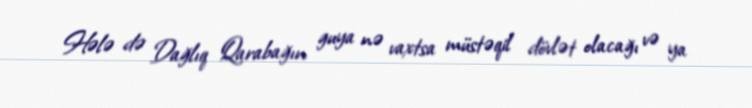
Hələ də Dağlıq Qarabağın guya nə vaxtsa müstəqil dövlət olacağı və ya